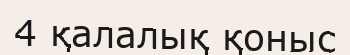
4 қалалық қоныс